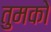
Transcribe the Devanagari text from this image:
तुमकोे